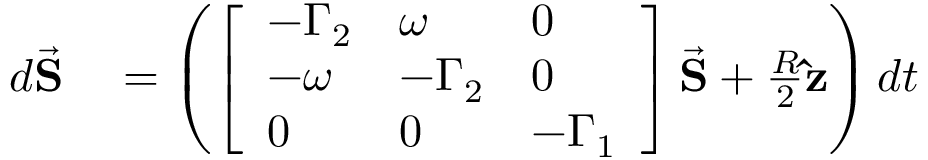
\begin{array} { r l } { d \vec { \mathbf S } } & { { } = \left( \left[ \begin{array} { l l l } { - \Gamma _ { 2 } } & { \omega } & { 0 } \\ { - \omega } & { - \Gamma _ { 2 } } & { 0 } \\ { 0 } & { 0 } & { - \Gamma _ { 1 } } \end{array} \right] \vec { \mathbf S } + \frac { R } { 2 } \mathbf { \hat { z } } \right) d t } \end{array}